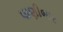
પાણીબાર